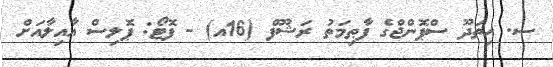
ސ. ހިތަދޫ ސްޕޮންޖްގެ ފާޠިމަތު ރަޝޫފް (16އ) - ފޮޓޯ: ޕޮލިސް އާއިލާއަށް